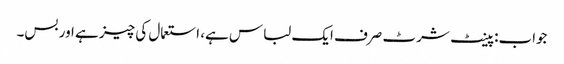
جواب: پینٹ شرٹ صرف ایک لباس ہے، استعمال کی چیز ہے اور بس۔